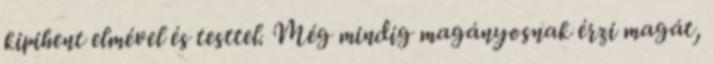
kipihent elmével és testtel. Még mindig magányosnak érzi magát,